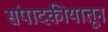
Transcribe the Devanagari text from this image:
संपादकीयातून